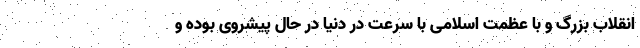
انقلاب بزرگ و با عظمت اسلامی با سرعت در دنیا در حال پیشروی بوده و